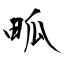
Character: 畖